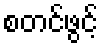
စတင်ဖွင့်